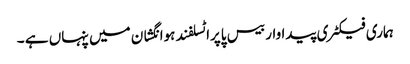
ہماری فیکٹری پیداوار بیس پاپراٹسلفند ہوانگشان میں پنہاں ہے ۔